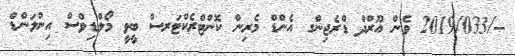
--/2019/033 ވެން އޫރްދް ޑްރެޖިންގ އެންޑް މެރިން ކޮންޓްރެކްޓަރސް ބީވީ މޯލްޑިވްސް އިންލަންޑް